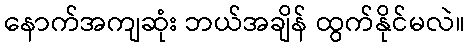
နောက်အကျဆုံး ဘယ်အချိန် ထွက်နိုင်မလဲ။